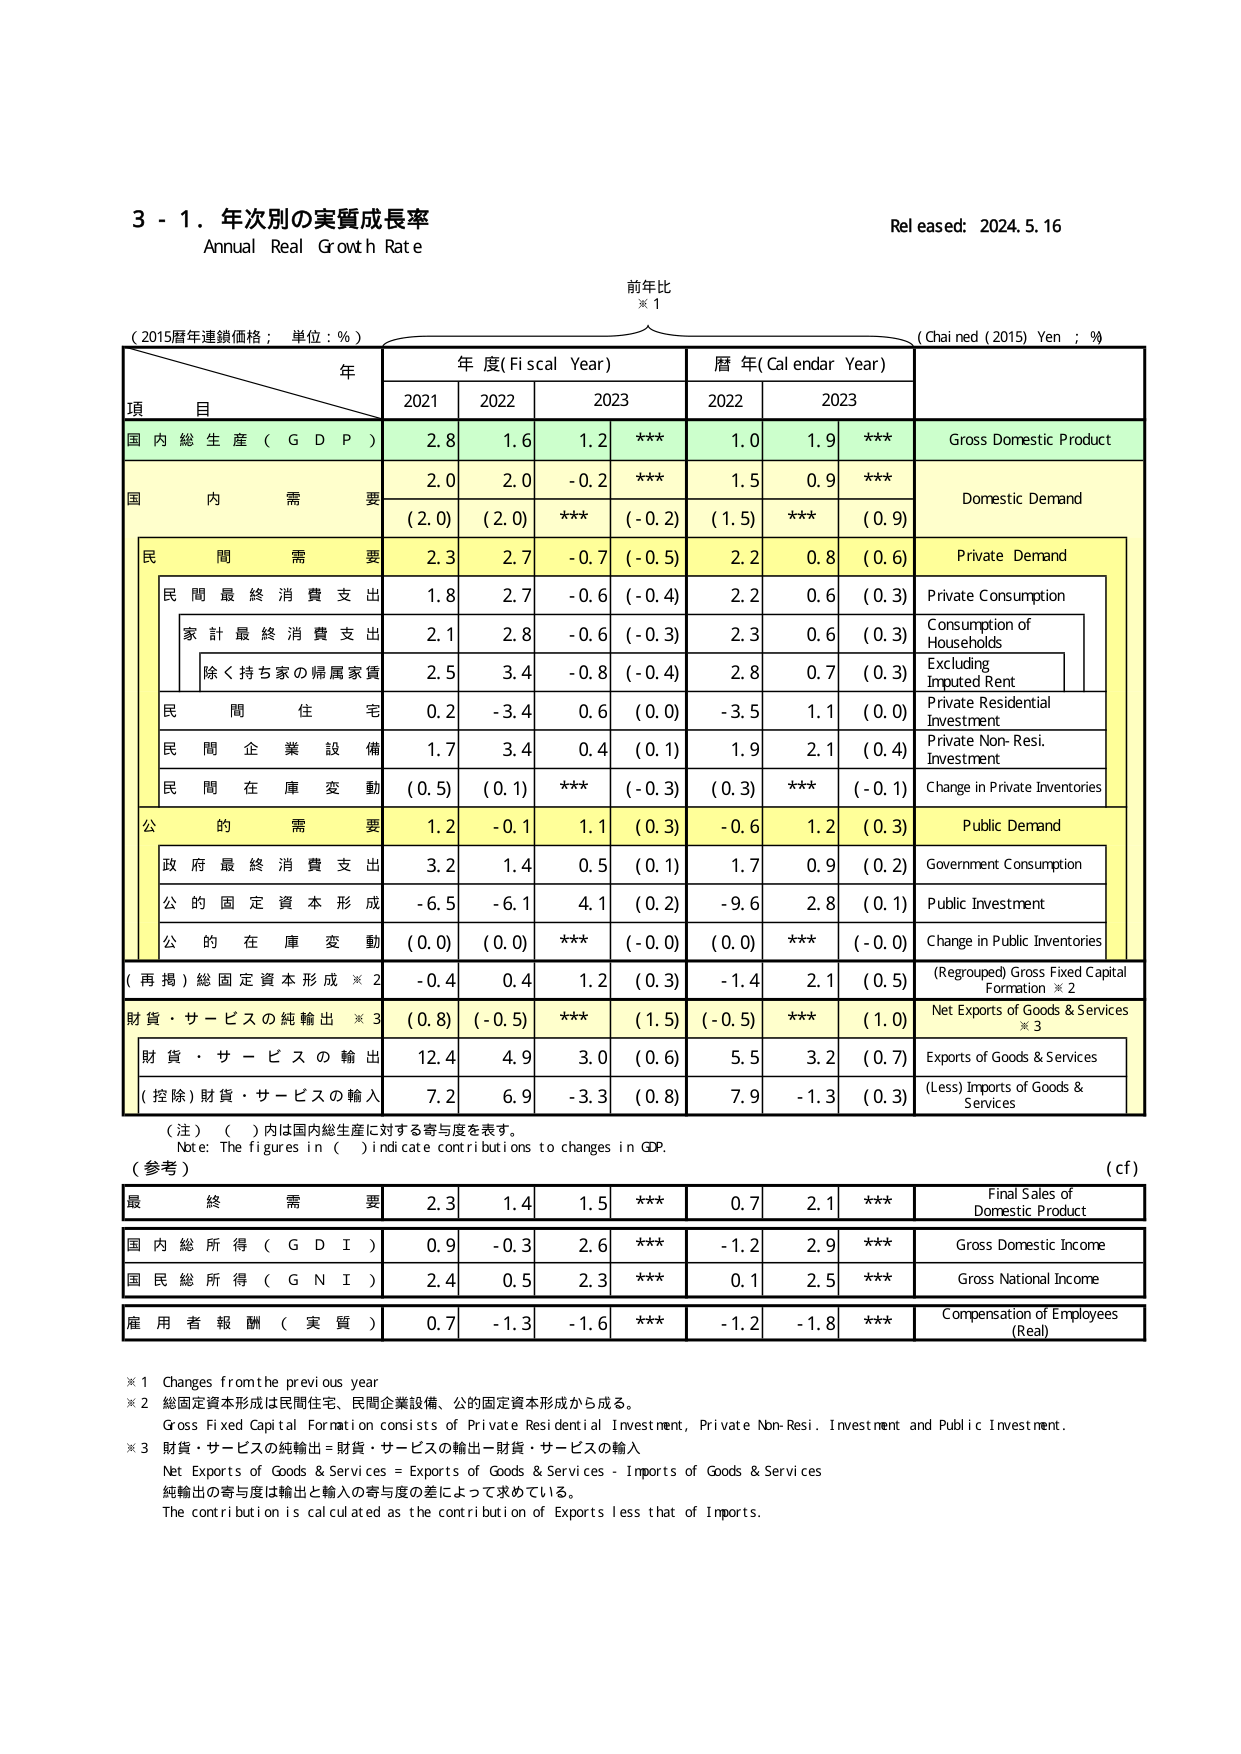
3 - 1. 年次別の実質成長率
Annual Real Growth Rate
Released: 2024.5.16

前年比
※1

（2015暦年連鎖価格；単位：%）
（Chained (2015) Yen ; %）

年
年度(Fiscal Year)
暦年(Calendar Year)

項 目
2021
2022
2023
2022
2023

国内総生産（GDP）
2.8
1.6
1.2
***
1.0
1.9
***
Gross Domestic Product

国内需要
2.0
2.0
-0.2
***
1.5
0.9
***
Domestic Demand
(2.0)
(2.0)
***
(-0.2)
(1.5)
***
(0.9)

民間需要
2.3
2.7
-0.7
(-0.5)
2.2
0.8
(0.6)
Private Demand

民間最終消費支出
1.8
2.7
-0.6
(-0.4)
2.2
0.6
(0.3)
Private Consumption

家計最終消費支出
2.1
2.8
-0.6
(-0.3)
2.3
0.6
(0.3)
Consumption of Households

除く持ち家の帰属家賃
2.5
3.4
-0.8
(-0.4)
2.8
0.7
(0.3)
Excluding Imputed Rent

民間住宅
0.2
-3.4
0.6
(0.0)
-3.5
1.1
(0.0)
Private Residential Investment

民間企業設備
1.7
3.4
0.4
(0.1)
1.9
2.1
(0.4)
Private Non-Resi. Investment

民間在庫変動
(0.5)
(0.1)
***
(-0.3)
(0.3)
***
(-0.1)
Change in Private Inventories

公的需要
1.2
-0.1
1.1
(0.3)
-0.6
1.2
(0.3)
Public Demand

政府最終消費支出
3.2
1.4
0.5
(0.1)
1.7
0.9
(0.2)
Government Consumption

公的固定資本形成
-6.5
-6.1
4.1
(0.2)
-9.6
2.8
(0.1)
Public Investment

公的在庫変動
(0.0)
(0.0)
***
(-0.0)
(0.0)
***
(-0.0)
Change in Public Inventories

（再掲）総固定資本形成※2
-0.4
0.4
1.2
(0.3)
-1.4
2.1
(0.5)
(Regrouped) Gross Fixed Capital Formation ※2

財貨・サービスの純輸出※3
(0.8)
(-0.5)
***
(1.5)
(-0.5)
***
(1.0)
Net Exports of Goods & Services ※3

財貨・サービスの輸出
12.4
4.9
3.0
(0.6)
5.5
3.2
(0.7)
Exports of Goods & Services

（控除）財貨・サービスの輸入
7.2
6.9
-3.3
(0.8)
7.9
-1.3
(0.3)
(Less) Imports of Goods & Services

（注）（ ）内は国内総生産に対する寄与度を表す。
Note: The figures in ( ) indicate contributions to changes in GDP.

（参考）
（cf）

最終需要
2.3
1.4
1.5
***
0.7
2.1
***
Final Sales of Domestic Product

国内総所得（GDI）
0.9
-0.3
2.6
***
-1.2
2.9
***
Gross Domestic Income

国民総所得（GNI）
2.4
0.5
2.3
***
0.1
2.5
***
Gross National Income

雇用者報酬（実質）
0.7
-1.3
-1.6
***
-1.2
-1.8
***
Compensation of Employees (Real)

※1 Changes from the previous year
※2 総固定資本形成は民間住宅、民間企業設備、公的固定資本形成から成る。
Gross Fixed Capital Formation consists of Private Residential Investment, Private Non-Resi. Investment and Public Investment.
※3 財貨・サービスの純輸出＝財貨・サービスの輸出－財貨・サービスの輸入
Net Exports of Goods & Services = Exports of Goods & Services - Imports of Goods & Services
純輸出の寄与度は輸出と輸入の寄与度の差によって求めている。
The contribution is calculated as the contribution of Exports less that of Imports.